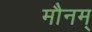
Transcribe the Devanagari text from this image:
मौनम्